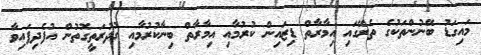
މައިގަޑު ބޭނުންތަކުގެ ތެރޭގައި އިމާރާތް ޑިޒައިން ކުރުމާއި އިމާރާތް ބިނާކުރުމާއި ގުދުރަތީގޮތުން އުފެދިފައިވާ